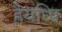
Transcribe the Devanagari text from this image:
हैयध्पि